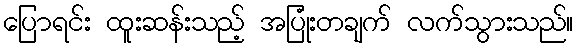
ပြောရင်း ထူးဆန်းသည့် အပြုံးတချက် လက်သွားသည်။